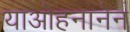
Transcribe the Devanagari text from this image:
याओहनानेन